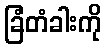
ခြံတံခါးကို